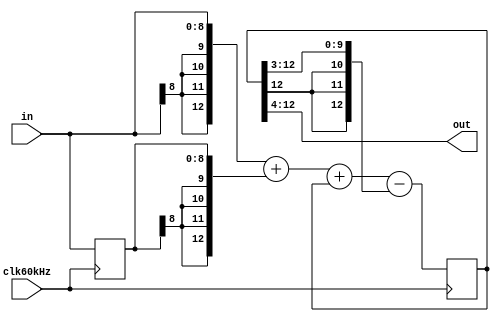
module LPF1d25kHz(out,in,clk60kHz); 
input clk60kHz;
input signed [8:0] in;
output signed [8:0] out;
assign out=out16[12:4];
reg signed [12:0] out16;     				// out16 = 16*theta
reg signed [8:0] in_1;       				// in_1 = in(k-1)
wire signed [12:0] temp_sum;
assign temp_sum={{4{in[8]}},in}+{{4{in_1[8]}},in_1}+out16
                  -{{3{out16[12]}},out16[12:3]};
always @(posedge clk60kHz) begin
	 out16 <= temp_sum;
	 in_1 <= in;
end


endmodule